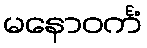
မနောဝင်္ကံ